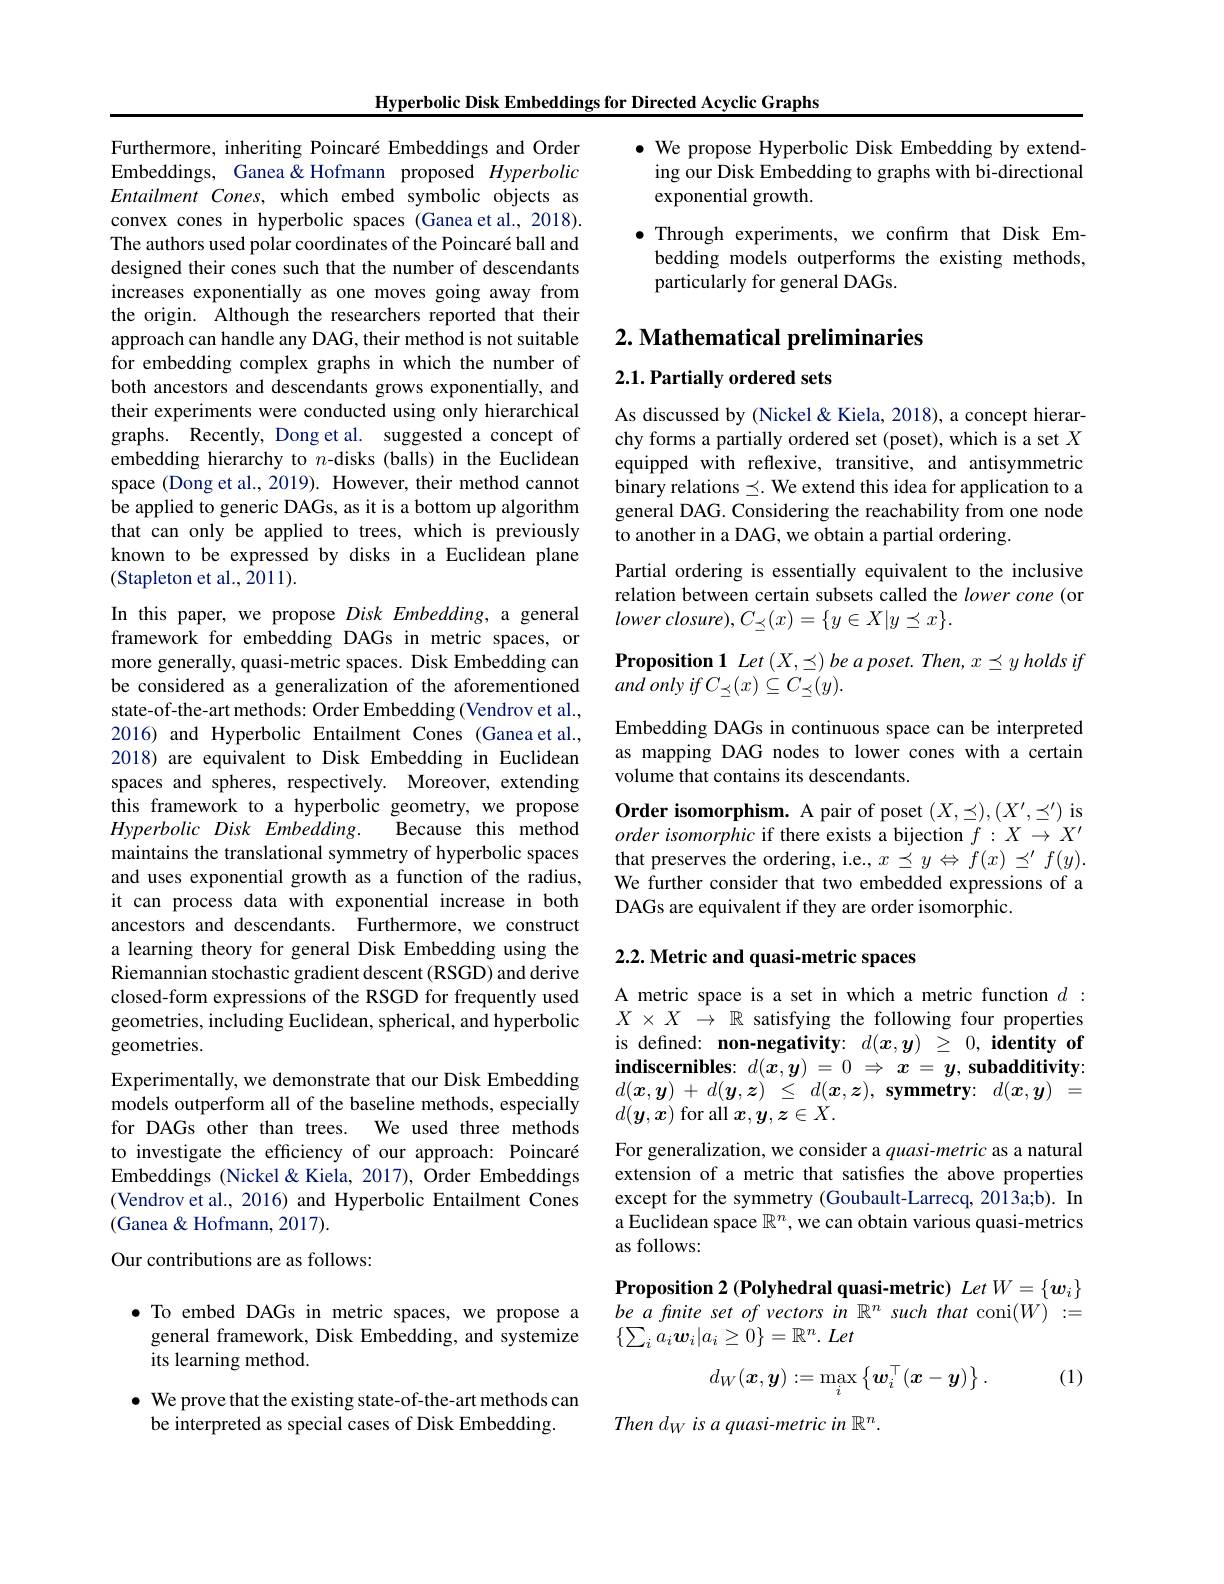
Hyperbolic Disk Embeddings for Directed Acyclic Graphs

$\bullet$ We propose Hyperbolic Disk Embedding by extend-
ing our Disk Embedding to graphs with bi-directional
exponential growth.

$\bullet$ Through experiments, we confirm that Disk Em-
bedding models outperforms the existing methods,
particularly for general DAGs.

# $2. \textbf{ Mathematical preliminaries}$

Furthermore, inheriting Poincaré Embeddings and Order Embeddings, Ganea&Hofmann proposed Hyperbolic Entailment Cones, which embed symbolic objects as convex cones in hyperbolic spaces (Ganea et al., 2018). The authors used polar coordinates of the Poincaré ball and designed their cones such that the number of descendants increases exponentially as one moves going away from the origin. Although the researchers reported that their approach can handle any DAG, their method is not suitable for embedding complex graphs in which the number of both ancestors and descendants grows exponentially, and their experiments were conducted using only hierarchical graphs. Recently, Dong et al. suggested a concept of embedding hierarchy to $n$-disks (balls) in the Euclidean space (Dong et al., 2019). However, their method cannot be applied to generic DAGs, as it is a bottom up algorithm that can only be applied to trees, which is previously known to be expressed by disks in a Euclidean plane (Stapleton et al., 2011).

$2. 1. \textbf{Partially ordered sets}$

As discussed by (Nickel& Kiela, 2018), a concept hierarchy forms a partially ordered set (poset), which is a set $X$ equipped with reflexive, transitive, and antisymmetric binary relations $\preceq.$ We extend this idea for application to a general DAG. Considering the reachability from one node to another in a DAG, we obtain a partial ordering.

Partial ordering is essentially equivalent to the inclusive relation between certain subsets called the lower cone (or lower $closure) , C_{\preceq }( x) = \{ y\in X| y\preceq x\} .$

$\textbf{Proposition 1 Let }( X, \preceq ) \textit{be a poset. Then, x}\preceq y\textit{holds if}$
$and\textit{only if}C_{\preceq }( x) \subseteq C_{\preceq }( y) .$
Embedding DAGs in continuous space can be interpreted as mapping DAG nodes to lower cones with a certain volume that contains its descendants.
Order isomorphism. A pair of poset $(X,\preceq),(X^{\prime},\preceq^{\prime})$ is order isomorphic if there exists a bijection $f:X\to X^{\prime}$ that preserves the ordering, i.e., $x\preceq y\Leftrightarrow f(x)\preceq^\prime f(y).$ We further consider that two embedded expressions of a DAGs are equivalent if they are order isomorphic.

In this paper, we propose Disk Embedding, a general framework for embedding DAGs in metric spaces, or more generally, quasi-metric spaces. Disk Embedding can be considered as a generalization of the aforementioned state-of-the-art methods: Order Embedding (Vendrov et al., 2016) and Hyperbolic Entailment Cones (Ganea et al., 2018) are equivalent to Disk Embedding in Euclidean spaces and spheres, respectively. Moreover, extending this framework to a hyperbolic geometry, we propose Hyperbolic Disk $Embedding.$
Because this method
maintains the translational symmetry of hyperbolic spaces and uses exponential growth as a function of the radius, it can process data with exponential increase in both ancestors and descendants. Furthermore, we construct a learning theory for general Disk Embedding using the Riemannian stochastic gradient descent (RSGD) and derive closed-form expressions of the RSGD for frequently used geometries, including Euclidean, spherical, and hyperbolic geometries.
Experimentally, we demonstrate that our Disk Embedding models outperform all of the baseline methods, especially for DAGs other than trees. We used three methods to investigate the efficiency of our approach: Poincaré Embeddings (Nickel&Kiela, 2017), Order Embeddings (Vendrov et al., 2016) and Hyperbolic Entailment Cones (Ganea & Hofmann, 2017).
Our contributions are as follows:
$\bullet$ To embed DAGs in metric spaces, we propose a general framework, Disk Embedding, and systemize

## 2.2. Metric and quasi-metric spaces

A metric space is a set in which a metric function $d:$ $X\times X\to\mathbb{R}$ satisfying the following four properties is defined: non-negativity: $d(x,y)$ \geq 0, identity of $\textbf{indiscernibles: }d( \boldsymbol{x}, \boldsymbol{y}) = 0$ $\Rightarrow$ $x= y$, subadditivity: $d( \boldsymbol{x}, \boldsymbol{y})$ + $d( \boldsymbol{y}, \boldsymbol{z})$ $\leq$ $d( \boldsymbol{x}, \boldsymbol{z}) $, $\textbf{symmetry: }$ $d( \boldsymbol{x}, \boldsymbol{y})$ = $d(\boldsymbol{y},\boldsymbol{x})$ for all $\boldsymbol{x},\boldsymbol{y},\boldsymbol{z}\in X.$
For generalization, we consider a quasi-metric as a natural extension of a metric that satisfies the above properties except for the symmetry (Goubault-Larrecq, 2013a;b). In a Euclidean space $\mathbb{R}^n$, we can obtain various quasi-metrics as follows:

$Proposition 2 (Polyhedral quasi-metric) Let W=\{\boldsymbol{w}_i\}$ be a finite set of vectors in $\mathbb{R}^n$ such that coni$(W):=$

$\{ \sum _ia_i\boldsymbol{w}_i| a_i\geq 0\} = \mathbb{R} ^n.$ Let

its learning method.

(1)
$$d_W(\boldsymbol{x},\boldsymbol{y}):=\max_i\left\{\boldsymbol{w}_i^\top(\boldsymbol{x}-\boldsymbol{y})\right\}.$$
$\bullet$ We prove that the existing state-of-the-art methods can
be interpreted as special cases of Disk Embedding.

Then $d_W$ is a quasi-metric in $\mathbb{R}^n.$